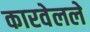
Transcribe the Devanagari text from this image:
कारवेलले